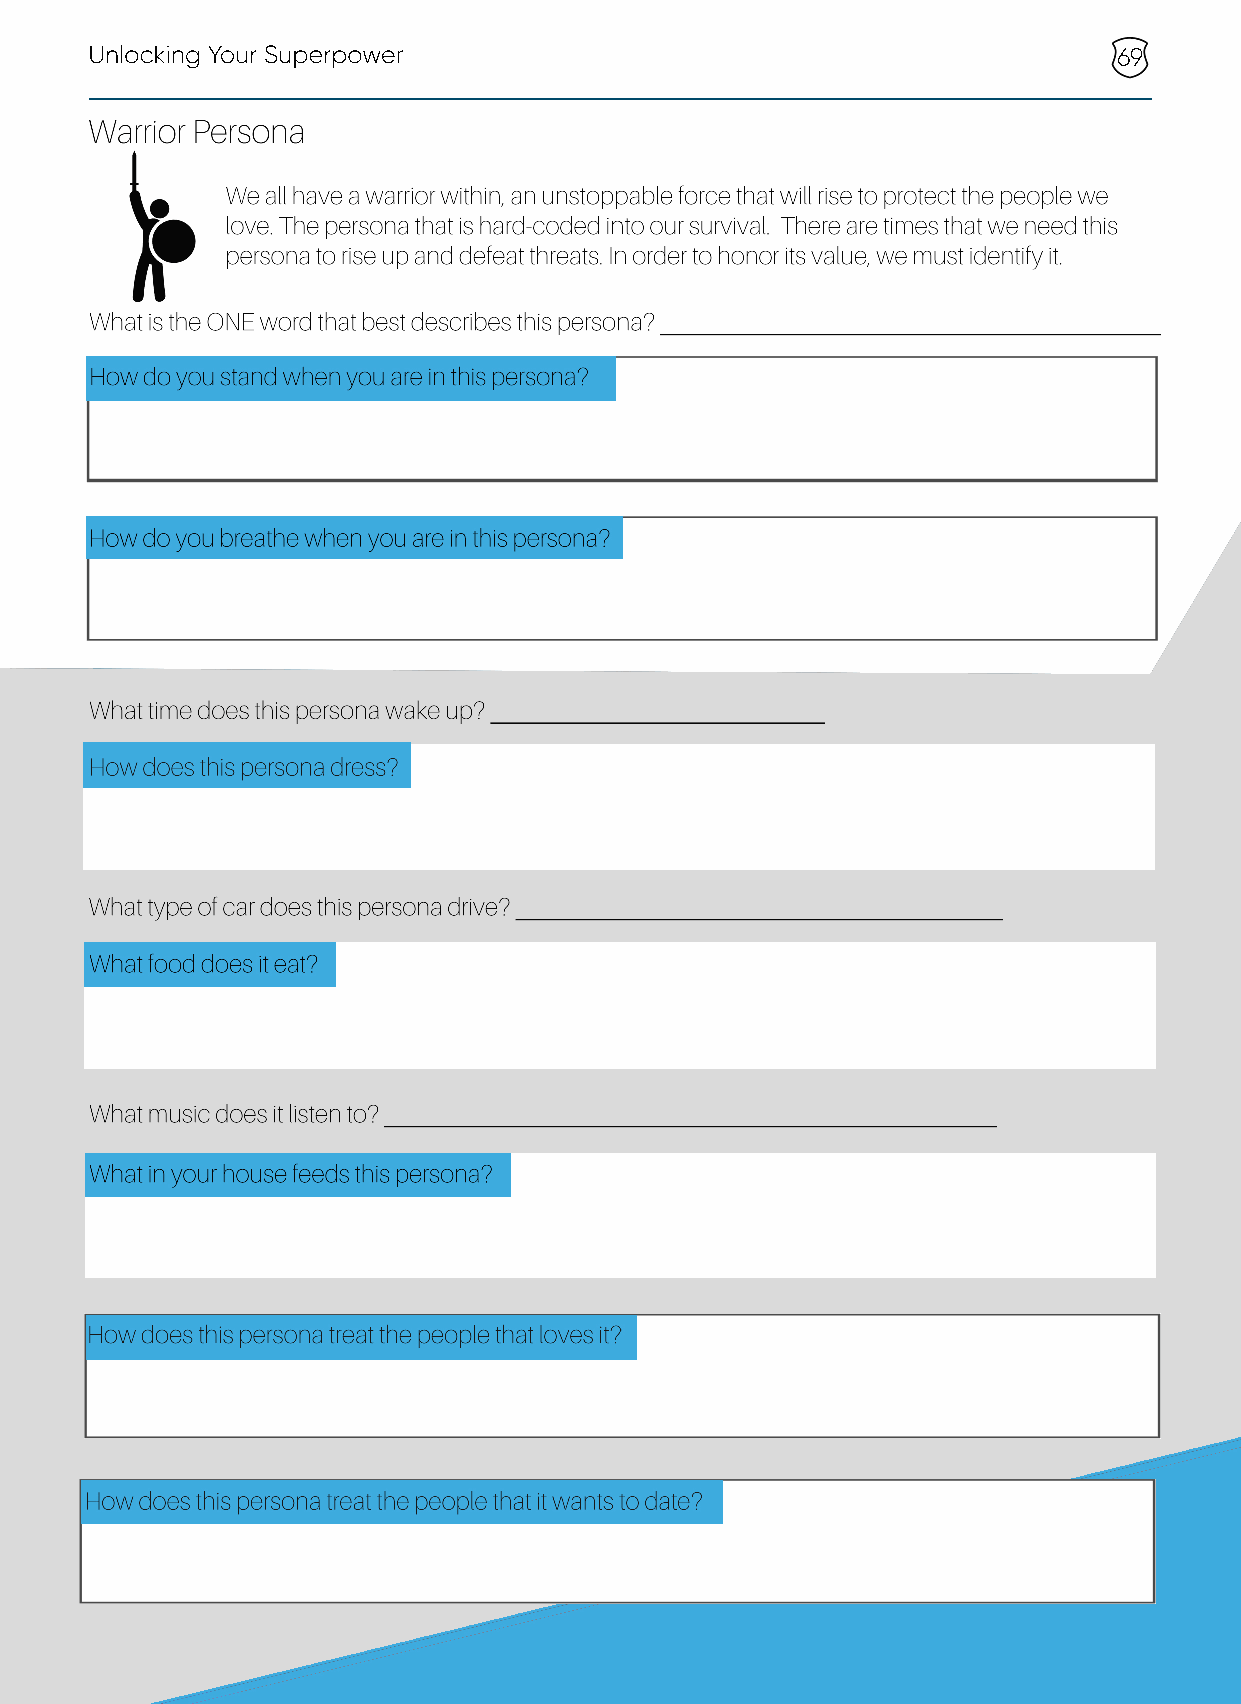
Unlocking Your Superpower                                           69